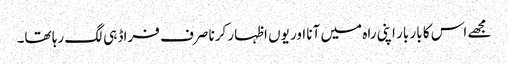
مجھے اس کا بار بار اپنی راہ میں آنا اور یوں اظہار کرنا صرف فراڈ ہی لگ رہا تھا۔